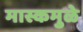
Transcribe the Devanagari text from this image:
मास्कमुळे